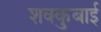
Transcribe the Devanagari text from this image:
शक्कुबाई